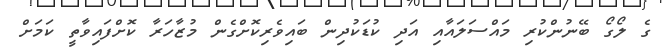
ގެ ލޯގޯ ބޭނުންކުރި މައްސަލައާއި އަދި ކުޑަކުދިން ބައިވެރިކޮށްގެން މުޒާހަރާ ކޮށްފައިވާތީ ކަމަށް